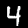
Label: 4